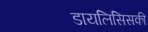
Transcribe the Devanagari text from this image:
डायलिसिसकी